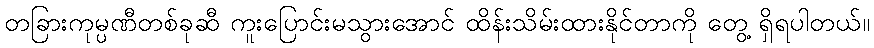
တခြားကုမ္ပဏီတစ်ခုဆီ ကူးပြောင်းမသွားအောင် ထိန်းသိမ်းထားနိုင်တာကို တွေ့ ရှိရပါတယ်။